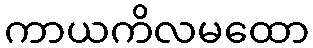
ကာယကိလမထော